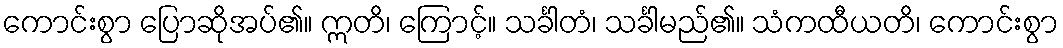
ကောင်းစွာ ပြောဆိုအပ်၏။ ဣတိ၊ ကြောင့်။ သင်္ခါတံ၊ သင်္ခါမည်၏။ သံကထီယတိ၊ ကောင်းစွာ